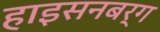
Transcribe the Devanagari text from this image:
हाइसनबर्ग